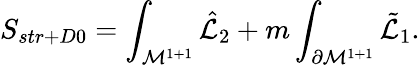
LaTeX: S_{str+D0}=\int_{{\cal M}^{1+1}}{\hat{\cal L}}_{2}+m\int_{\partial{\cal M}^{1+1}}{\tilde{\cal L}}_{1}.